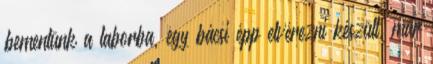
bementünk a laborba, egy bácsi épp elvérezni készült, már